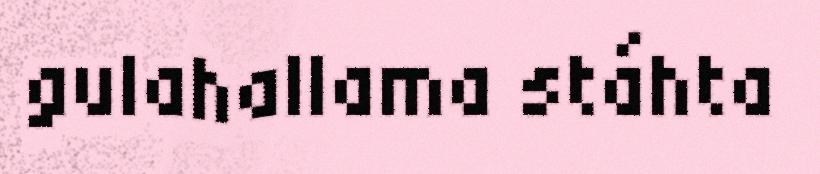
gulahallama stáhta